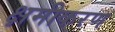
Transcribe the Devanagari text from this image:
क्षमीकरण